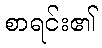
စာရင်း၏